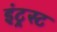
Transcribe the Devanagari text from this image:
इंट्रस्ट